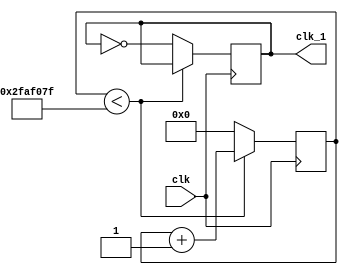
module divider1 (
	input clk,
	output reg clk_1
);
parameter NUM_DIV =100000000 ;
reg [31:0]cnt;
always @(posedge clk) begin
	if(cnt<NUM_DIV/2-1)begin
		cnt<=cnt+1'b1;
		clk_1<=clk_1;
	end	
	else begin
		cnt<=32'b0;
		clk_1<=~clk_1;
	end
end
endmodule


module TimeDeal  (
	input clk,//1s
	input rst_n,
	output [3:0]min_l,
	output [3:0]min_h,
	output [3:0]sec_l,
	output [3:0]sec_h
);

reg[3:0]dout1;
reg[3:0]dout2;
reg[3:0]dout3;
reg[3:0]dout4;
//
reg carry1,carry2,carry3;
//

//
always @(posedge clk or negedge rst_n)  begin
	if(!rst_n)
		dout1<=0;
	else begin
		if(dout1<9)begin
			dout1<=dout1+1'b1;
			carry1<=0;
		end
		else begin
			dout1<=0;
			carry1<=1'b1;
		end
		
	end
end

//
always @(posedge carry1 or negedge rst_n) begin
	if(!rst_n)
		dout2<=0;
	else begin
		if(dout2<5)begin
			dout2<=dout2+1'b1;
			carry2<=0;
		end
		else begin
			dout2<=0;
			carry2<=1'b1;
		end
	end
end

//
always @(posedge carry2 or negedge rst_n) begin
	if(!rst_n)
		dout3<=0;
	else begin
		if(dout3<9)begin
			dout3<=dout3+1'b1;
			carry3<=0;
		end
		else begin
			dout3<=0;
			carry3<=1'b1;
		end
	end
end

//
always @(posedge carry3 or negedge rst_n) begin
	if(!rst_n)
		dout4<=0;
	else begin
		if(dout4<6)begin
			dout4<=dout4+1'b1;
		end
		else begin
			dout4<=0;
		end
	end
end

assign sec_l=dout1;
assign sec_h=dout2;
assign min_l=dout3;
assign min_h=dout4;

endmodule